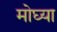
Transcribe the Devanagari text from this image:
मोघ्या